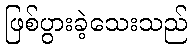
ဖြစ်ပွားခဲ့သေးသည်